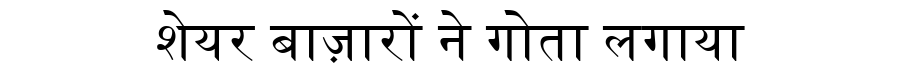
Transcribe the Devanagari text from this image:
शेयर बाज़ारों ने गोता लगाया